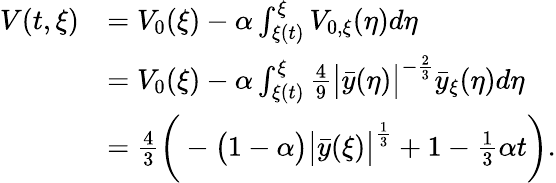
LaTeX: \begin{array}{rl}{V(t,\xi)}&{=V_{0}(\xi)-\alpha\int_{\xi(t)}^{\xi}V_{0,\xi}(\eta)d\eta}\\ &{=V_{0}(\xi)-\alpha\int_{\xi(t)}^{\xi}\frac{4}{9}\bigl|\bar{y}(\eta)\bigr|^{-\frac{2}{3}}\bar{y}_{\xi}(\eta)d\eta}\\ &{=\frac{4}{3}\bigg(-\big(1-\alpha\big)\bigl|\bar{y}(\xi)\bigr|^{\frac{1}{3}}+1-\frac{1}{3}\alpha t\bigg).}\end{array}